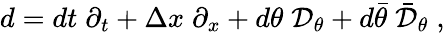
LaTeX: d=dt\; \partial_{t}+\Delta x\; \partial_{x}+d\theta\; {\cal D}_{\theta}+d\bar{\theta}\; \bar{{\cal D}}_{\theta}\; ,